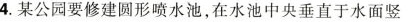
4. 某公园要修建圆形喷水池，在水池中央垂直于水面竖